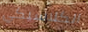
الكلاسيكي